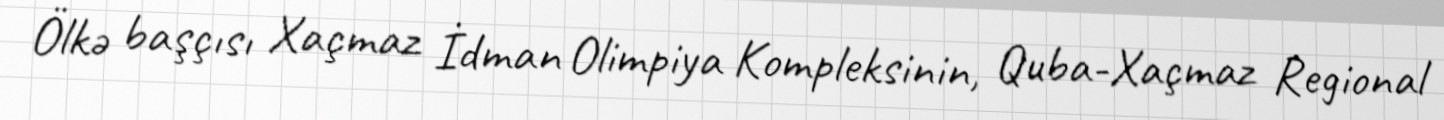
Ölkə başçısı Xaçmaz İdman Olimpiya Kompleksinin, Quba-Xaçmaz Regional